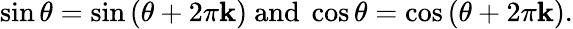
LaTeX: \sin\theta=\sin\left(\theta+2\pi\mathbf{k}\right){\mathrm{{~and~}}}\cos\theta=\cos\left(\theta+2\pi\mathbf{k}\right).